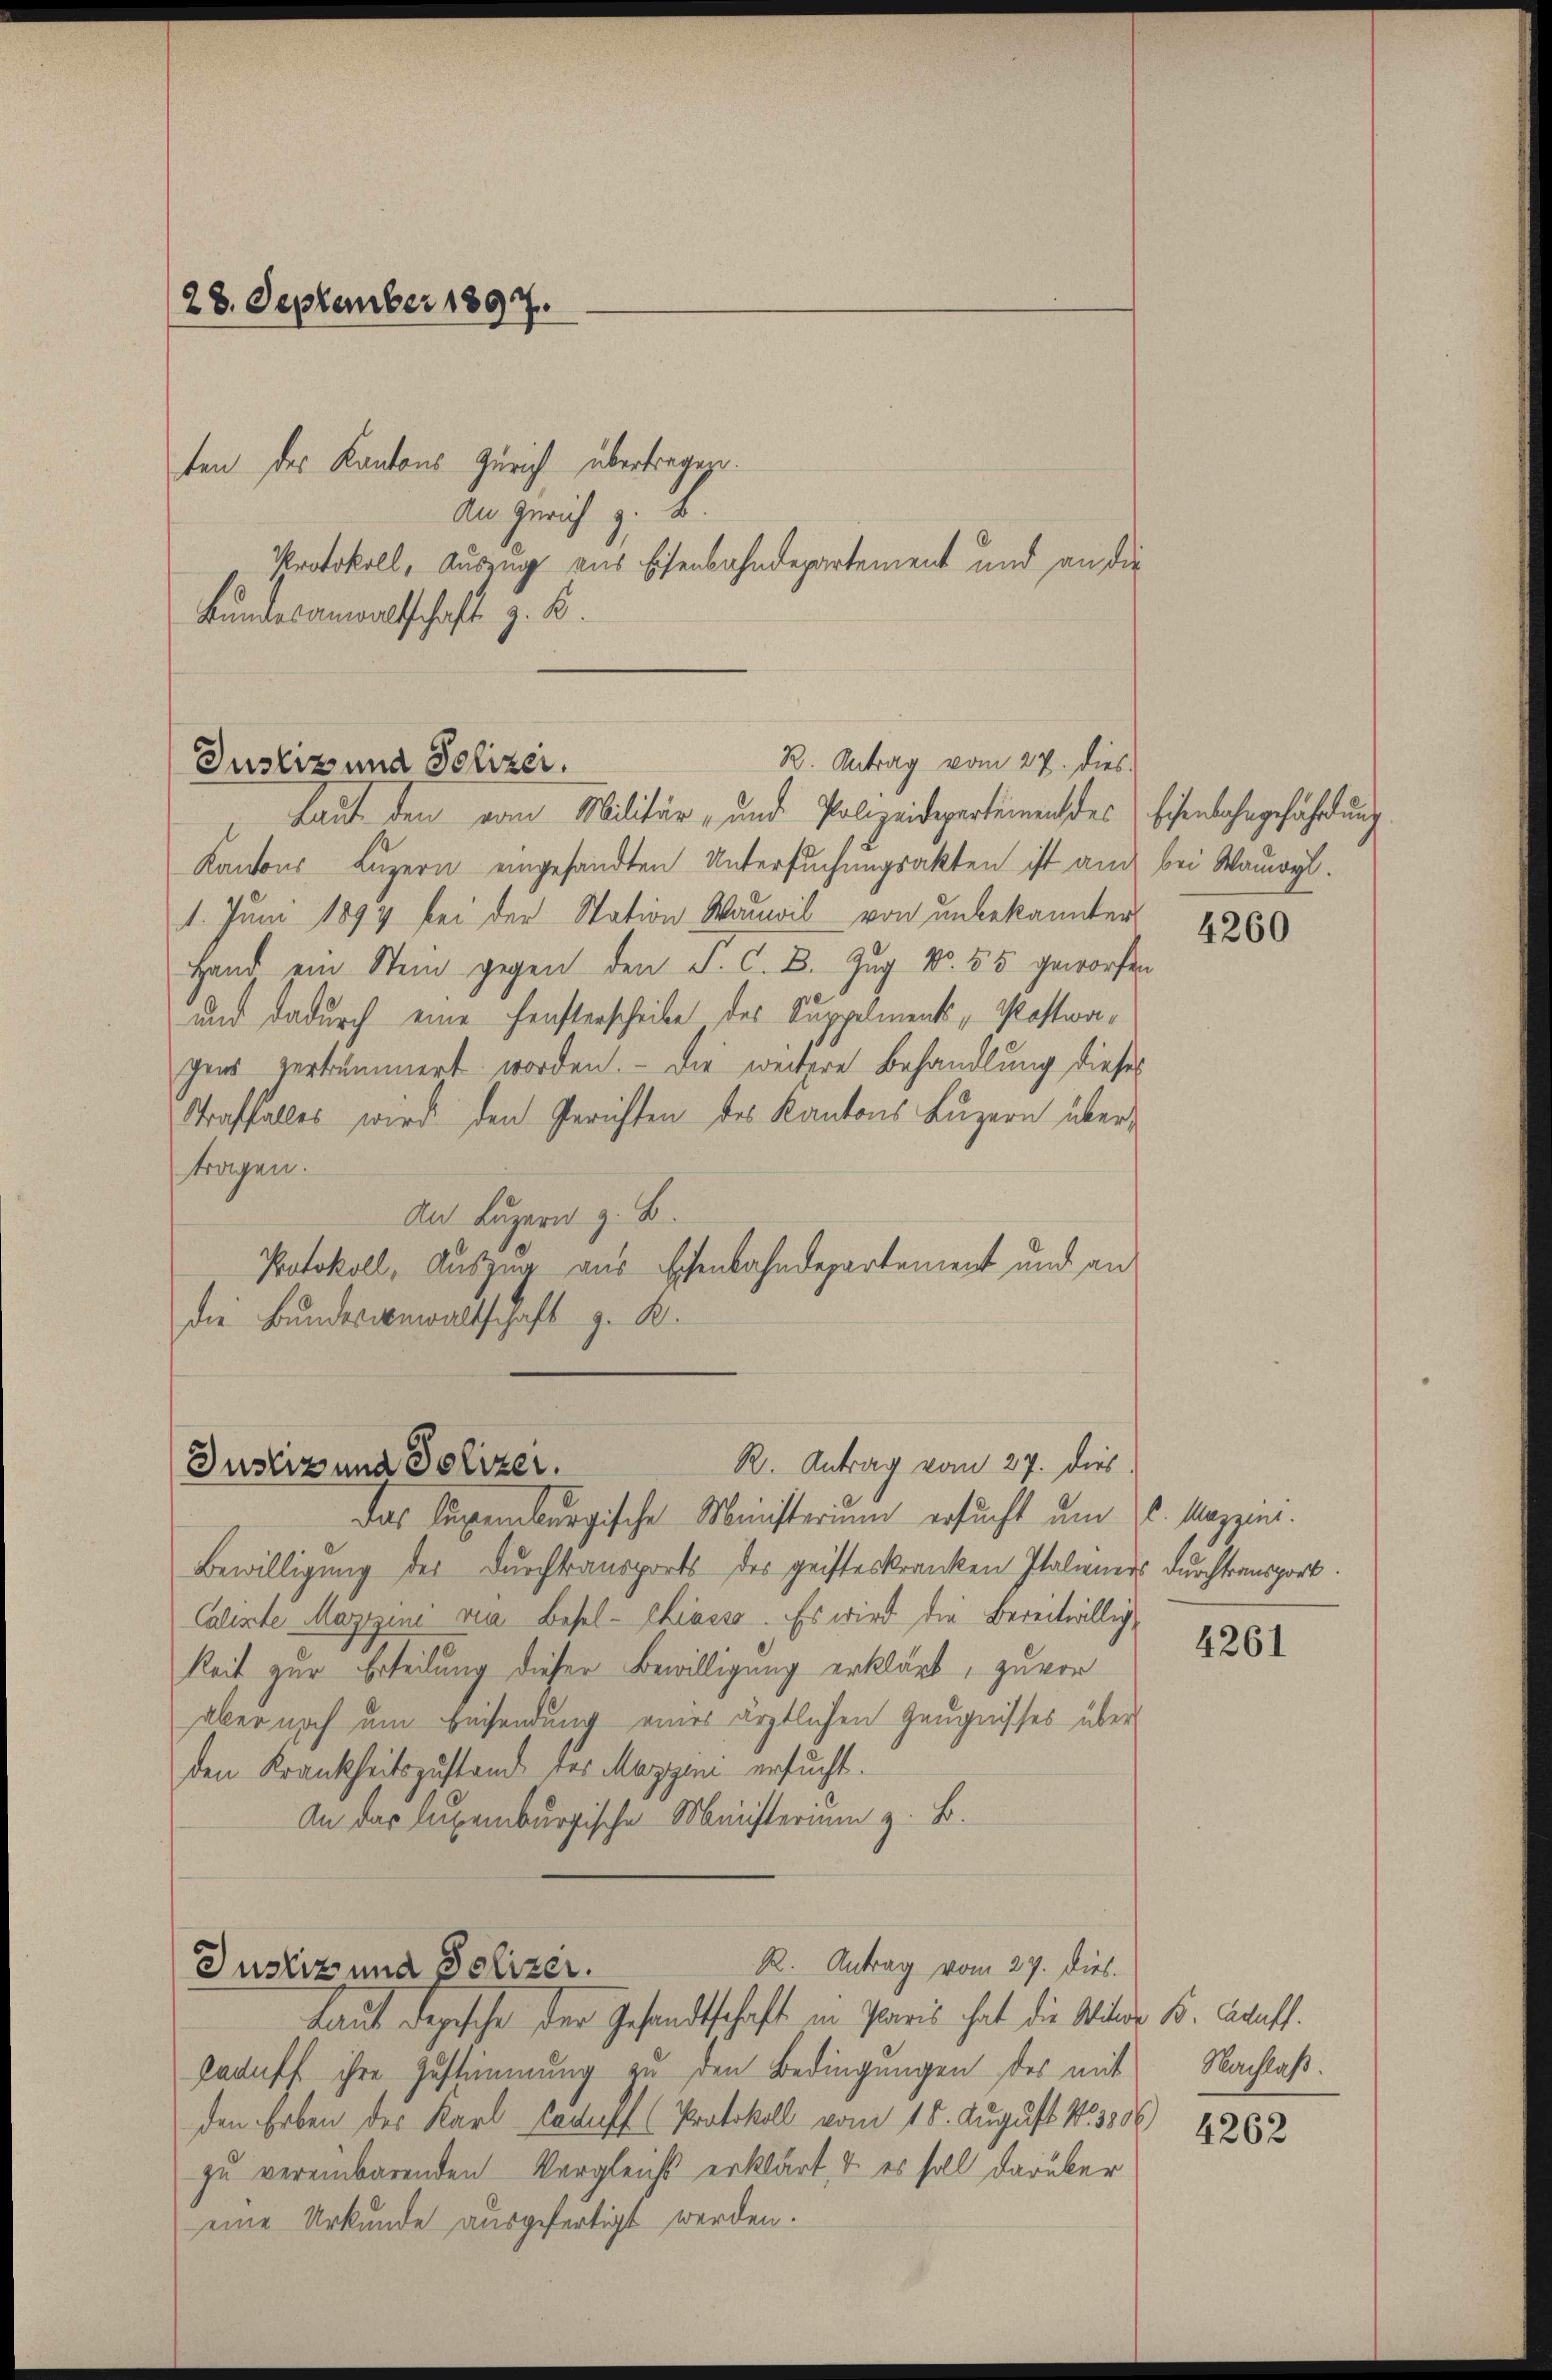
28. September 1897.
ten des Kantons Zürich übertragen.
An Gerich z. B.
Bundesanwaltschaft z. B.

Protokoll, Auszug aus Eisenbahndepartement und an die

R. Antrag vom 27. dies.
Justiz und Polizei.

Laut den vom Militär- und Polizeidepartement des Eisenbahngefährdung.
Kantons Luzern eingesandten Untersuchungsakten ist auch bei Wauwyl.
1. Juni 1894 bei der Station Wauwil von unbekannter
Hand ein Stein gegen den P. C. B. Zug No. 55 geworfen
und dadurch eine Fensterscheibe des Suppelments „Postwagens verkümmert worden. - Die weitere Behandlung dieses
Straffalles wird den Gerichten des Kantons Luzern übertragen.
An Luzern z. B.
Protokoll, Auszug aus Eisenbahndepartement und an
die Bundesgewaltschaft z. B.

R. Antrag vom 27. dies
Justiz und Polizei.

das Suppenburgische Ministerium ersucht um 16. Mazzins.
Bewilligung der Durchtransports des geisteskranken Italieners durchtransport.
Calixte Mazizini via Basel-Chiasso. Es wird die bereitwilligkeit zur Erteilung dieser Bewilligung erklärt, zuvor
aber noch um Eisendung eines ärztlichen Zeugnisses über
den Krankheitszustand des Mazzen ersucht.
An das Augenburgische Ministerium z. B.
R. Antrag vom 27. dies.
Justiz und Polizer.
Laut depesche der Gesandtschaft in Paris hat die Milder B. Graf.
bacheff ihre Zustimmung zu den Bedingungen des mit
den Erben des Karl Kauff (Protokoll vom 18. August 183886)
zu vereinbarenden Vergleichs erklärt, & es soll darüber
eine Urkunde ausgefertigt werden.

4260

4261

Nachlaß.

4262